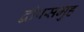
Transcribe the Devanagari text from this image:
द्वीपसमुह